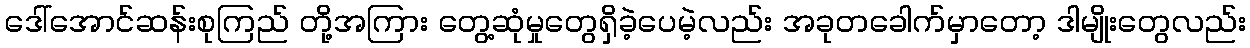
ဒေါ်အောင်ဆန်းစုကြည် တို့အကြား တွေ့ဆုံမှုတွေရှိခဲ့ပေမဲ့လည်း အခုတခေါက်မှာတော့ ဒါမျိုးတွေလည်း